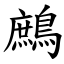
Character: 鷓